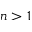
n > 1